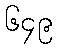
၆၄၉